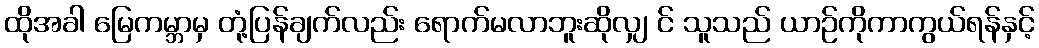
ထိုအခါ မြေကမ္ဘာမှ တုံ့ပြန်ချက်လည်း ရောက်မလာဘူးဆိုလျှ င် သူသည် ယာဉ်ကိုကာကွယ်ရန်နှင့်